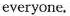
everyone.